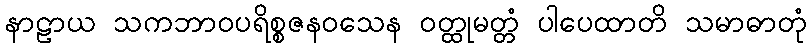
နာဠာယ သကဘာဝပရိစ္စဇနဝသေန ဝတ္ထုမတ္တံ ပါပေထာတိ သမာဓာတုံ